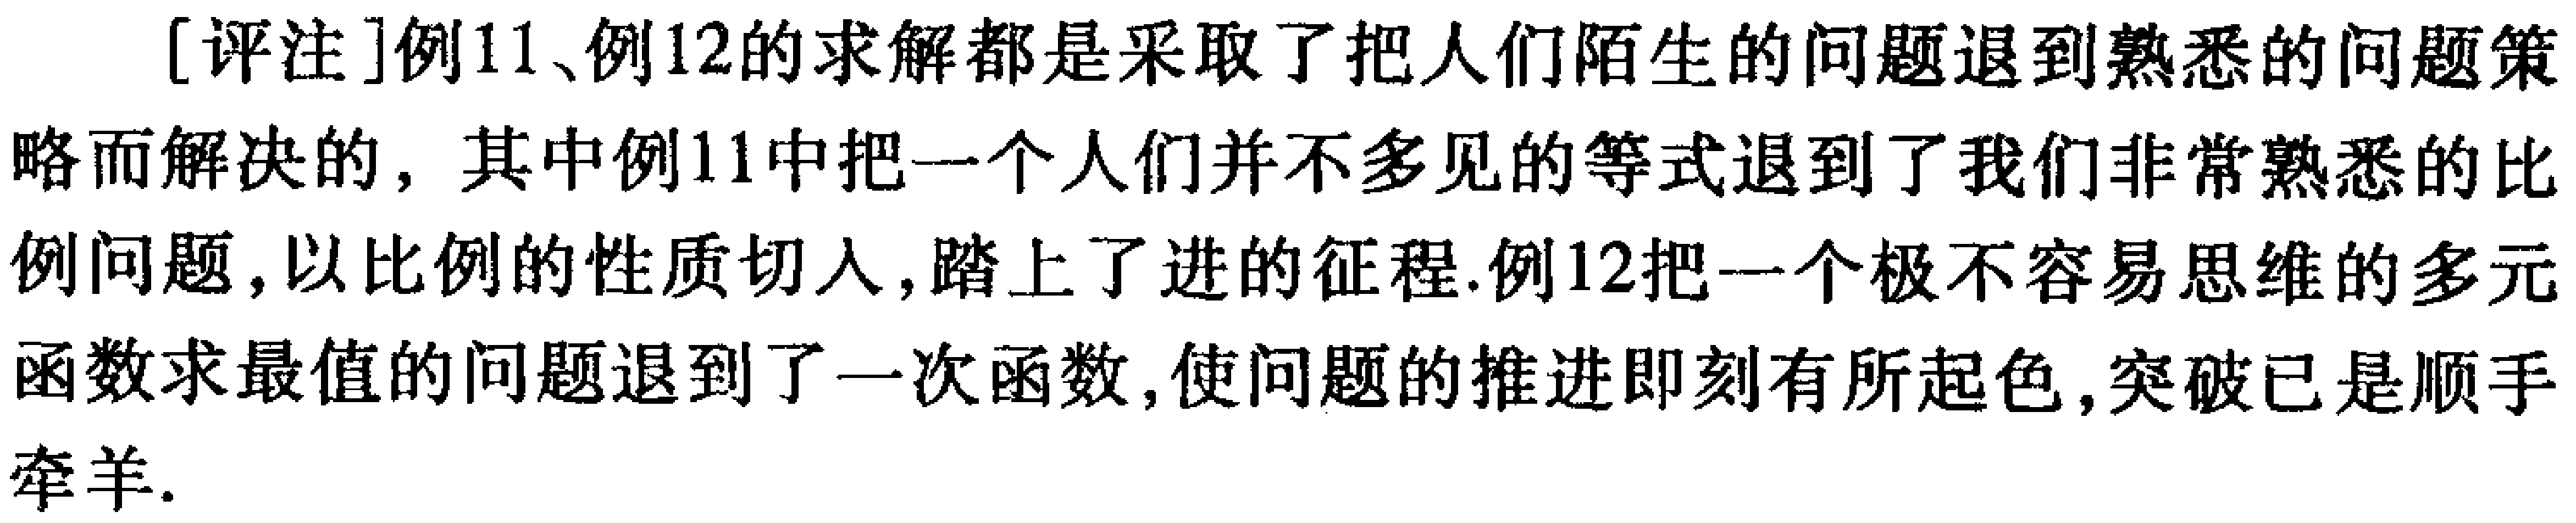
[评注]例11、例12的求解都是采取了把人们陌生的问题退到熟悉的问题策略而解决的，其中例11中把一个人们并不多见的等式退到了我们非常熟悉的比例问题，以比例的性质切入，踏上了进的征程.例12把一个极不容易思维的多元函数求最值的问题退到了一次函数，使问题的推进即刻有所起色，突破已是顺手牵羊.